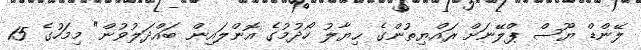
ލޭންޑް ޔޫސް ޕްލޭނަށް ރައްޔިތުންގެ ޙިޔާލު ހޯދުމުގެ އޮންލައިން ބައްދަލުވުން" މިމަހުގެ 15